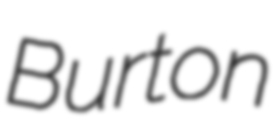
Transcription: Burton